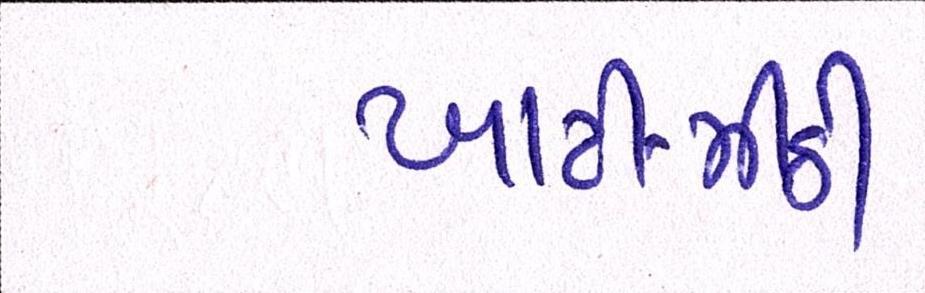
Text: ખાટી-મીઠી